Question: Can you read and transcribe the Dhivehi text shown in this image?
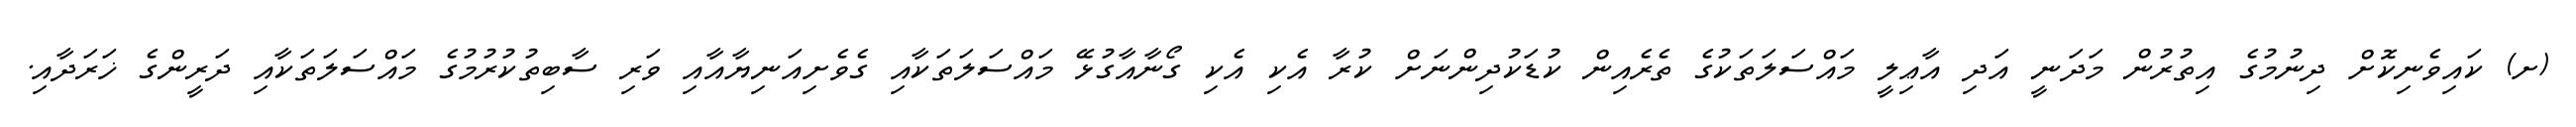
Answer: (ށ) ކައިވެނިކޮށް ދިނުމުގެ އިތުރުން މަދަނީ އަދި އާޢިލީ މައްސަލަތަކުގެ ތެރެއިން ކުޑަކުދިންނަށް ކުރާ އެކި އެކި ގޯނާއާގުޅޭ މައްސަލަތަކާއި ގެވެށިއަނިޔާއާއި ވަރި ސާބިތުކުރުމުގެ މައްސަލަތަކާއި ދަރީންގެ ޚަރަދާއި.